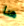
هنا